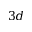
3 d